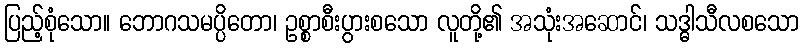
ပြည့်စုံသော။ ဘောဂသမပ္ပိတော၊ ဥစ္စာစီးပွားစသော လူတို့၏ အသုံးအဆောင်၊ သဒ္ဓါသီလစသော